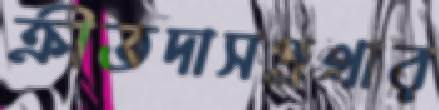
ক্রীতদাসপ্রথার